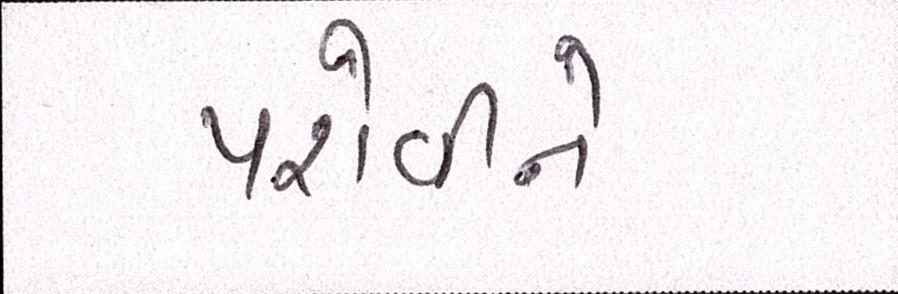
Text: પરોવીને